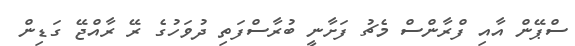
ސްޕޭން އާއި ފްރާންސް މެޗު ފަށާނީ ބުރާސްފަތި ދުވަހުގެ ރޭ ރާއްޖޭ ގަޑިން